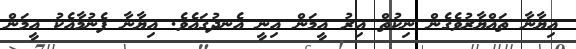
އިޔާނާ ތައްޔާރުވެގެން ނިކުތް އިރު އީމަން އިނީ އެނދުގައެވެ. އިޔާނާ ފެނުމާއެކު އީމަން